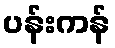
ပန်းကန်